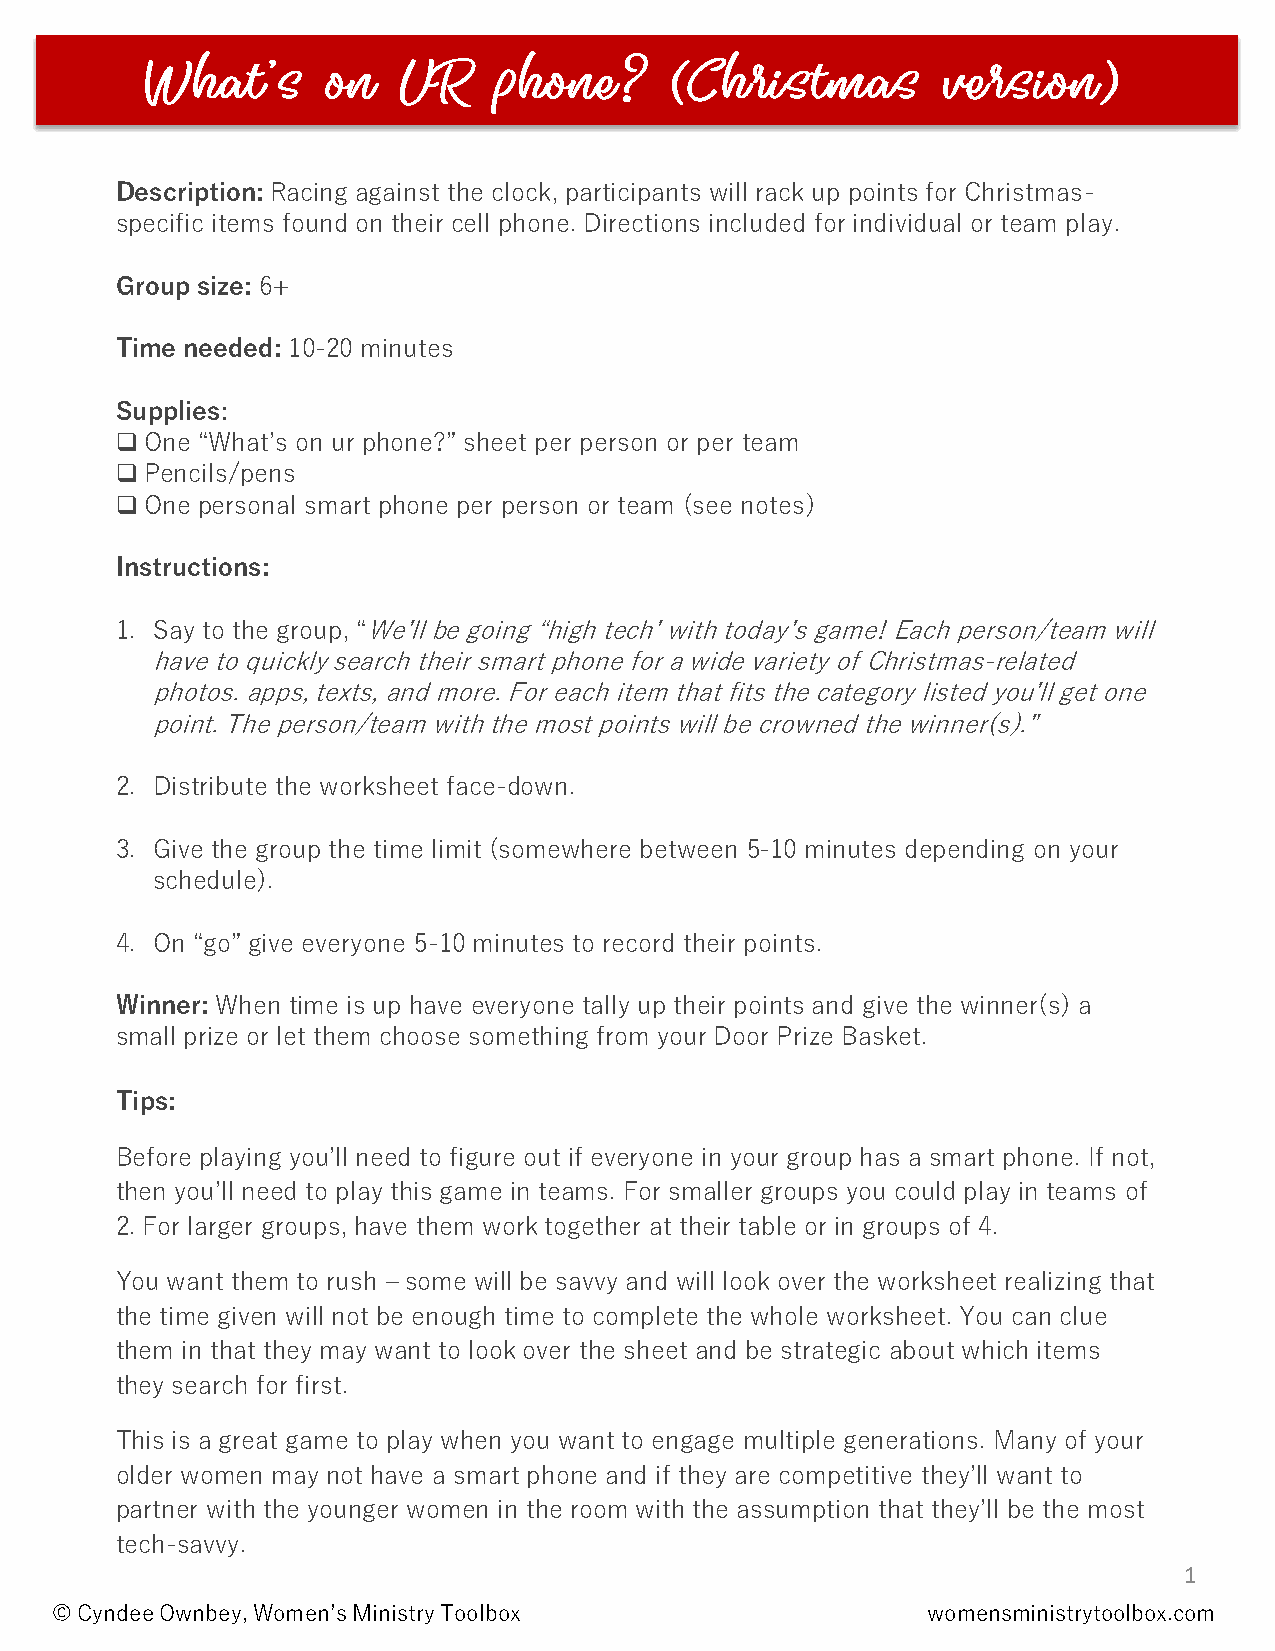
Description: Racing against the clock, participants will rack up points for Christmas-
 specific items found on their cell phone. Directions included for individual or team play.
 Group size: 6+
 Time needed: 10-20 minutes
 Supplies:
 One “What’s on ur phone?” sheet per person or per team
 Pencils/pens
 Post     Event       Evaluation         Form
 One personal smart phone per person or team (see notes)
 Instructions:
 1. Say to the group, “We’ll be going “high tech’ with today’s game! Each person/team will
 have to quickly search their smart phone for a wide variety of Christmas-related
 photos. apps, texts, and more. For each item that fits the category listed you’ll get one
 point. The person/team with the most points will be crowned the winner(s).”
 2. Distribute the worksheet face-down.
 3. Give the group the time limit (somewhere between 5-10 minutes depending on your
 schedule).
 4. On “go” give everyone 5-10 minutes to record their points.
 Winner: When time is up have everyone tally up their points and give the winner(s) a
 small prize or let them choose something from your Door Prize Basket.
 Tips:
 Before playing you’ll need to figure out if everyone in your group has a smart phone. If not,
 then you’ll need to play this game in teams. For smaller groups you could play in teams of
 2. For larger groups, have them work together at their table or in groups of 4.
 You want them to rush – some will be savvy and will look over the worksheet realizing that
 the time given will not be enough time to complete the whole worksheet. You can clue
 them in that they may want to look over the sheet and be strategic about which items
 they search for first.
 This is a great game to play when you want to engage multiple generations. Many of your
 older women may not have a smart phone and if they are competitive they’ll want to
 partner with the younger women in the room with the assumption that they’ll be the most
 tech-savvy.
 1
 © Cyndee Ownbey, Women’s Ministry Toolbox                 womensministrytoolbox.com